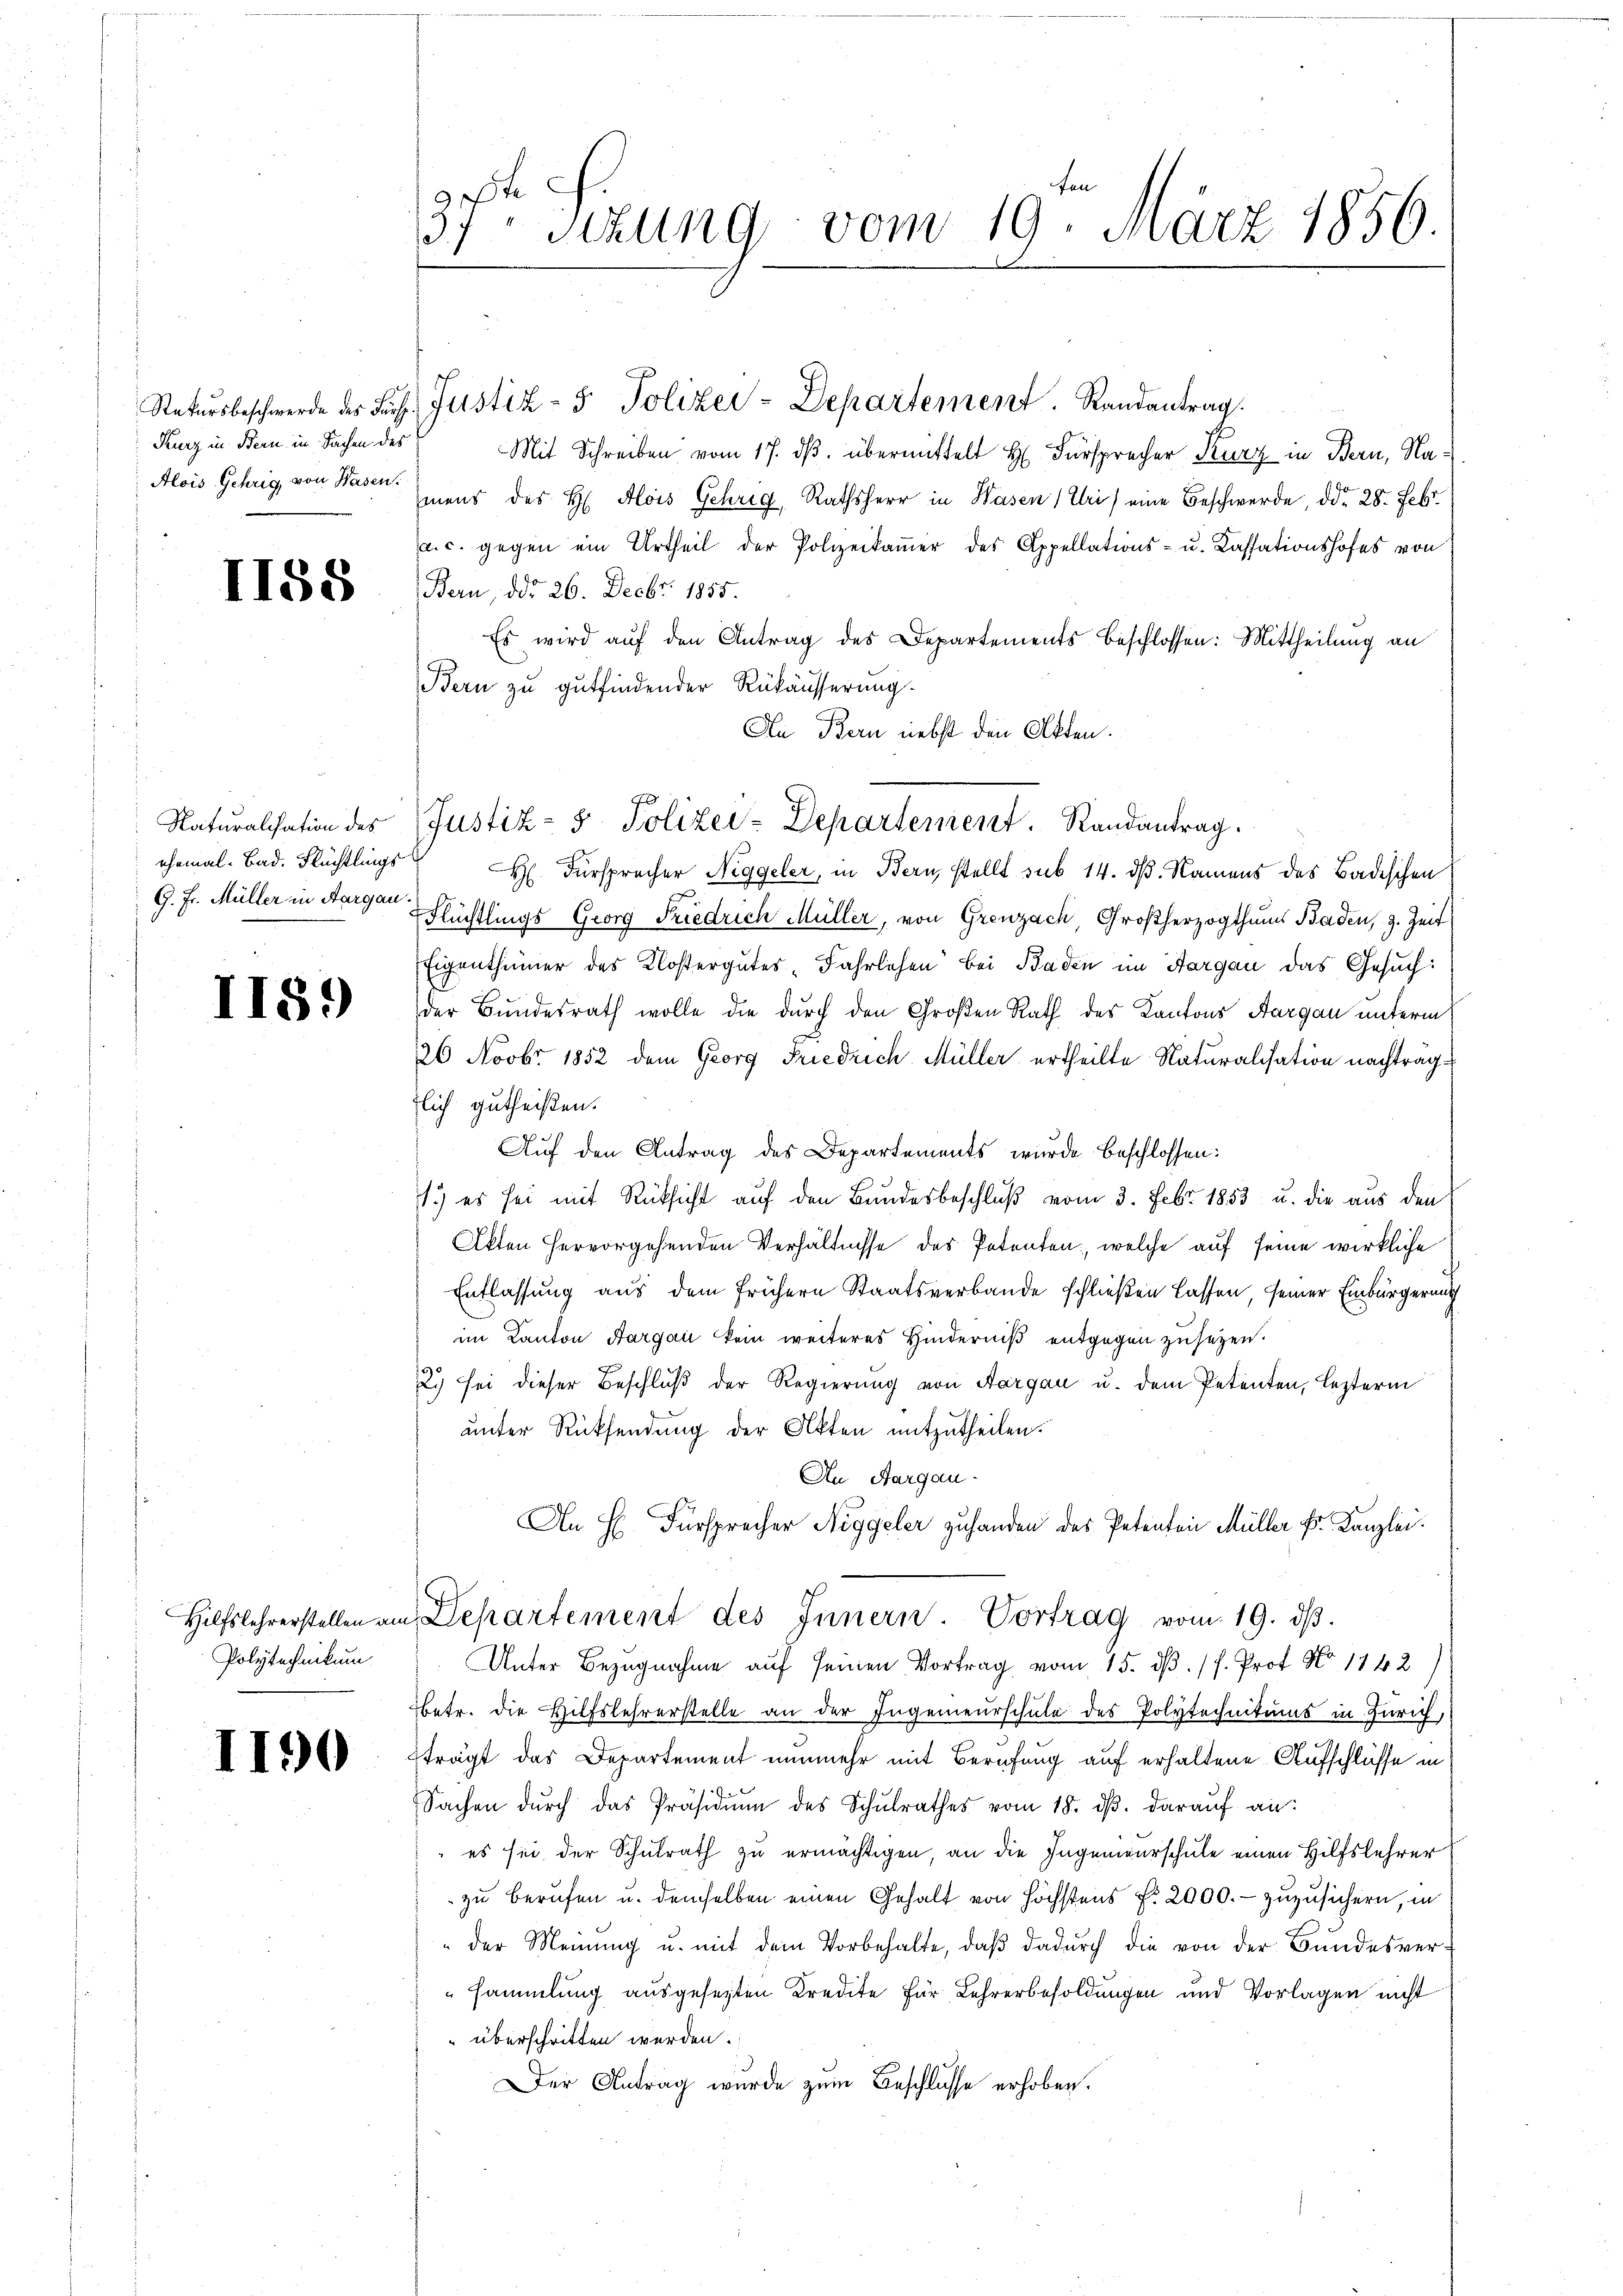
Kurz in Bern in Sachen des
Alois Gehrig, von Wasen

I188

Naturalisation des

II59)

Polytechnikum

1190

fen
.
37, Sitzung vom 19. März 1850.
2.1

Mit Schreiben vom 17. ds. übermittelt Hr. Fürsprecher Kurz in Bern, Namens des H. Alois Gehrig, Rathsherr in Wasen (Uri) eine Beschwerde, ddo 28. Febr.
a. c. gegen ein Urtheil der Polizeikamer des Appellations- u. Kassationshofes von
Bern, ddo 26. Decbr. 1855.
Es wird auf den Antrag des Departements beschlossen: Mittheilung an
Bern zu gutfindender Rükäusserung.
An Bern nebst den Akten.
ehemal. Bad. Flüchtlings H. Fürsprecher Niggeler, in Bern, stellt sub 14. dß. Namens des Badischen
G. Fr. Müller in Aargau Flüchtlings Georg Friedrich Müller, von Grenzach Großherzogthums Baden, z. Zeit
Eigenthümer des Klostergutes, Fahrlichen bei Baden im Hargau das Gesuch:
der Bundesrath wolle die durch den Großen Rath des Kantons Aargau unterm
26 Novbr. 1852 dem Georg Friedrich Müller ertheilte Naturalisation nachträglich gutheißen.
Auf den Antrag des Departements wurde beschlossen:
1.) es sei mit Rücksicht auf den Bundesbeschluß vom 3. Febr. 1853 u. die aus den
Akten hervorgehenden Verhältnisse des Petenten, welche auf seine wirkliche
Entlassung aus dem frühern Staatsverbande schließen lassen, seiner Einbürgerung
im Kanton Aargau kein weiteres Hinderniß entgegen zu sezen.
2. sei dieser Beschluß der Regierung von Aargau u. dem Petenten, lezterm
unter Rücksendung der Akten mitzutheilen.
An Aargau-
An H. Fürsprecher Niggeler zuhanden des Petenten Müller Fr. Kanzlei.
Hilfslehrerstellen am Departement des Innern. Vortrag vom 19. dβ.
Unter Bezugnahme auf seinen Vortrag vom 15. d. h. Prof. No 1142)
betr. die Hilfslehrerstelle an der Ingenieurschule des Polytechnikums in Zürich,
trägt das Departement nunmehr mit Berufung auf erhaltene Aufschlüsse in
Sachen dŭrch das Präsidiŭm des Schŭlrathes vom 18. dβ. darauf an:
es sei der Schulrath zu ermächtigen, an die Ingenieurschule einen Hilfslehrer
zu berufen u. demselben einen Gehalt von höchstens f. 2000.- zuzusichern, in
"der Meinŭng u. mit dem Vorbehalte, daβ dadŭrch die von der Bundesver-
sammlung ausgesetzten Kredite für Lehrerbesoldungen und Vorlagen nicht
 überschritten werden.
Der Antrag wurde zum Beschlusse erhoben.

Natursbeschwerde des Fürst. Justiz- & Polizei-Departement. Randantrag.

Justiz- & Polizei-Departement. Randantrag.